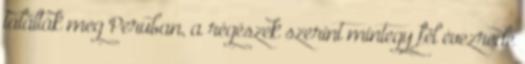
találták meg Peruban, a régészek szerint mintegy fél évezrede